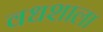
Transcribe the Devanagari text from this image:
वधशाला